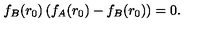
f _ { B } ( r _ { 0 } ) \left( f _ { A } ( r _ { 0 } ) - f _ { B } ( r _ { 0 } ) \right) = 0 .